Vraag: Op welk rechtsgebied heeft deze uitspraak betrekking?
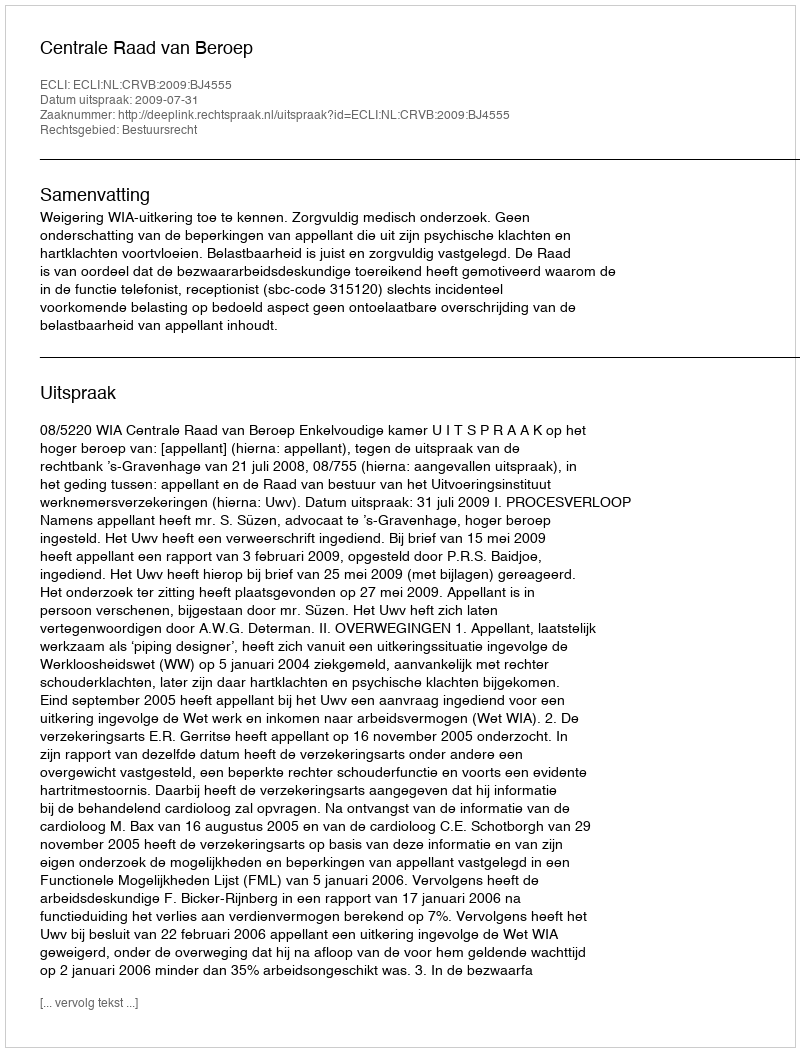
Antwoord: Bestuursrecht